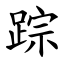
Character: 踪